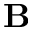
\mathbf { B }